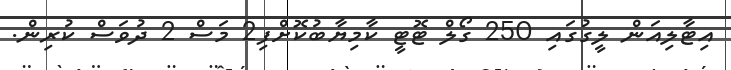
އިޓާލިއަން ލީގުގައި 250 ގޯލް ޓޮޓީ ކާމިޔާބުކޮށްފި2 މަސް 2 ދުވަސް ކުރިން.